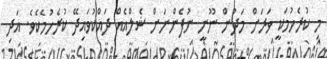
މި ކުރެހުމަކީ ވަރަށް މަދުން ނޫނީ ނުފެންނަށް ޝެލްއެއް ދައްކުވައިދޭ ކުރެހުމެކެވެ. އަދި